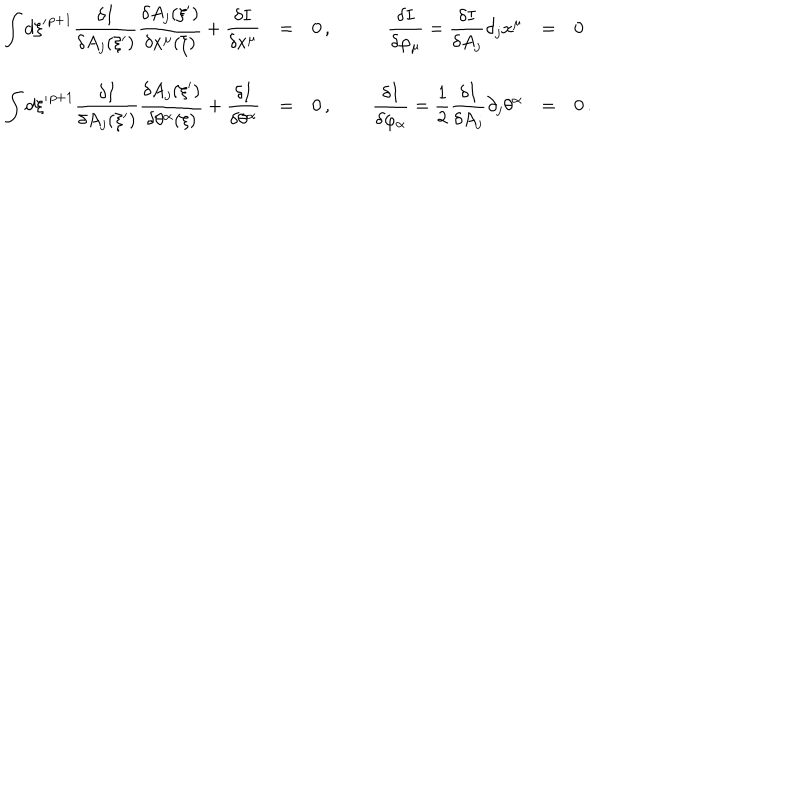
\begin{array} { r c l c r c l l } { { \displaystyle \int d \xi { ' } ^ { p + 1 } \frac { \delta I } { \delta A _ { j } ( \xi { ' } ) } \frac { \delta A _ { j } ( \xi { ' } ) } { \delta x ^ { \mu } ( \xi ) } + \frac { \delta I } { \delta x ^ { \mu } } } } & { { = } } & { { 0 \, , } } & { { \; } } & { { \displaystyle \frac { \delta I } { \delta \varphi _ { \mu } } = \frac { \delta I } { \delta A _ { j } } \partial _ { j } x ^ { \mu } } } & { { = } } & { { 0 } } \\ { { \displaystyle \int d \xi { ' } ^ { p + 1 } \frac { \delta I } { \delta A _ { j } ( \xi { ' } ) } \frac { \delta A _ { j } ( \xi { ' } ) } { \delta \theta ^ { \alpha } ( \xi ) } + \frac { \delta I } { \delta \theta ^ { \alpha } } } } & { { = } } & { { 0 \, , } } & { { \; } } & { { \displaystyle \frac { \delta I } { \delta \varphi _ { \alpha } } = \frac { 1 } { 2 } \frac { \delta I } { \delta A _ { j } } \partial _ { j } \theta ^ { \alpha } } } & { { = } } & { { 0 \, . } } \\ \end{array}